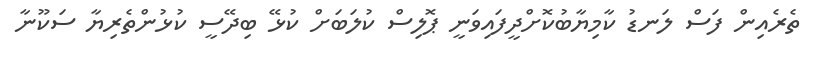
ތެރެއިން ފަސް ލަނޑު ކާމިޔާބުކޮށްދީފައިވަނީ ޕޮލިސް ކުލަބަށް ކުޅޭ ބިދޭސީ ކުޅުންތެރިޔާ ސަކޫނާ